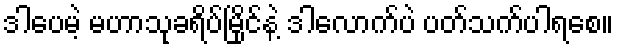
ဒါပေမဲ့ မဟာသုခရိပ်မြိုင်နဲ့ ဒါလောက်ပဲ ပတ်သက်ပါရစေ။